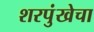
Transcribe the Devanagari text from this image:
शरपुंखेचा